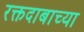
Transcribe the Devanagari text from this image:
रक्तदाबाच्या